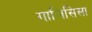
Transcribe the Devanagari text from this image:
गालिसिसा